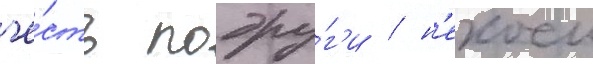
че́сть подру́г'и / н'екоеи